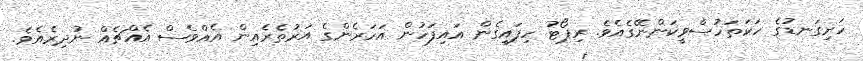
ހަށިގަނޑުގެ ހަކަތަހުސްވީކަންނޭގެއެވެ. ރިޕޯޓު ހިފައިގެން އައިފަހުން އަހަރެންގެ އަރުތެރެއިން އެއްވެސް އެއްޗެއް ނުދިރެއެވެ.